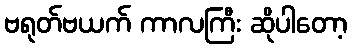
ဗရုတ်ဗယက် ကာလကြီး ဆိုပါတော့